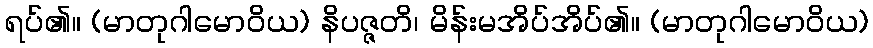
ရပ်၏။ (မာတုဂါမောဝိယ) နိပဇ္ဇတိ၊ မိန်းမအိပ်အိပ်၏။ (မာတုဂါမောဝိယ)